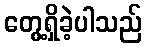
တွေ့ရှိခဲ့ပါသည်